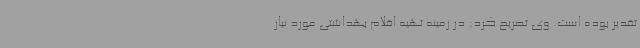
تقدیر بوده است. وی تصریح کرد: در زمینه تهیه اقلام بهداشتی مورد نیاز